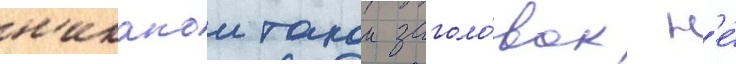
н'икакои такои заголо́вок н'е́